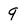
Character: 9